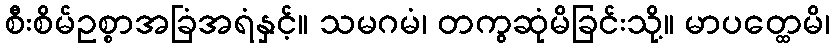
စီးစိမ်ဥစ္စာအခြံအရံနှင့်။ သမဂမံ၊ တကွဆုံမိခြင်းသို့။ မာပတ္ထေမိ၊